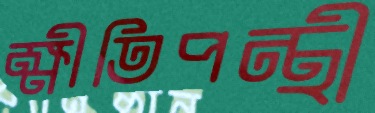
ক্ষীতিপন্থী